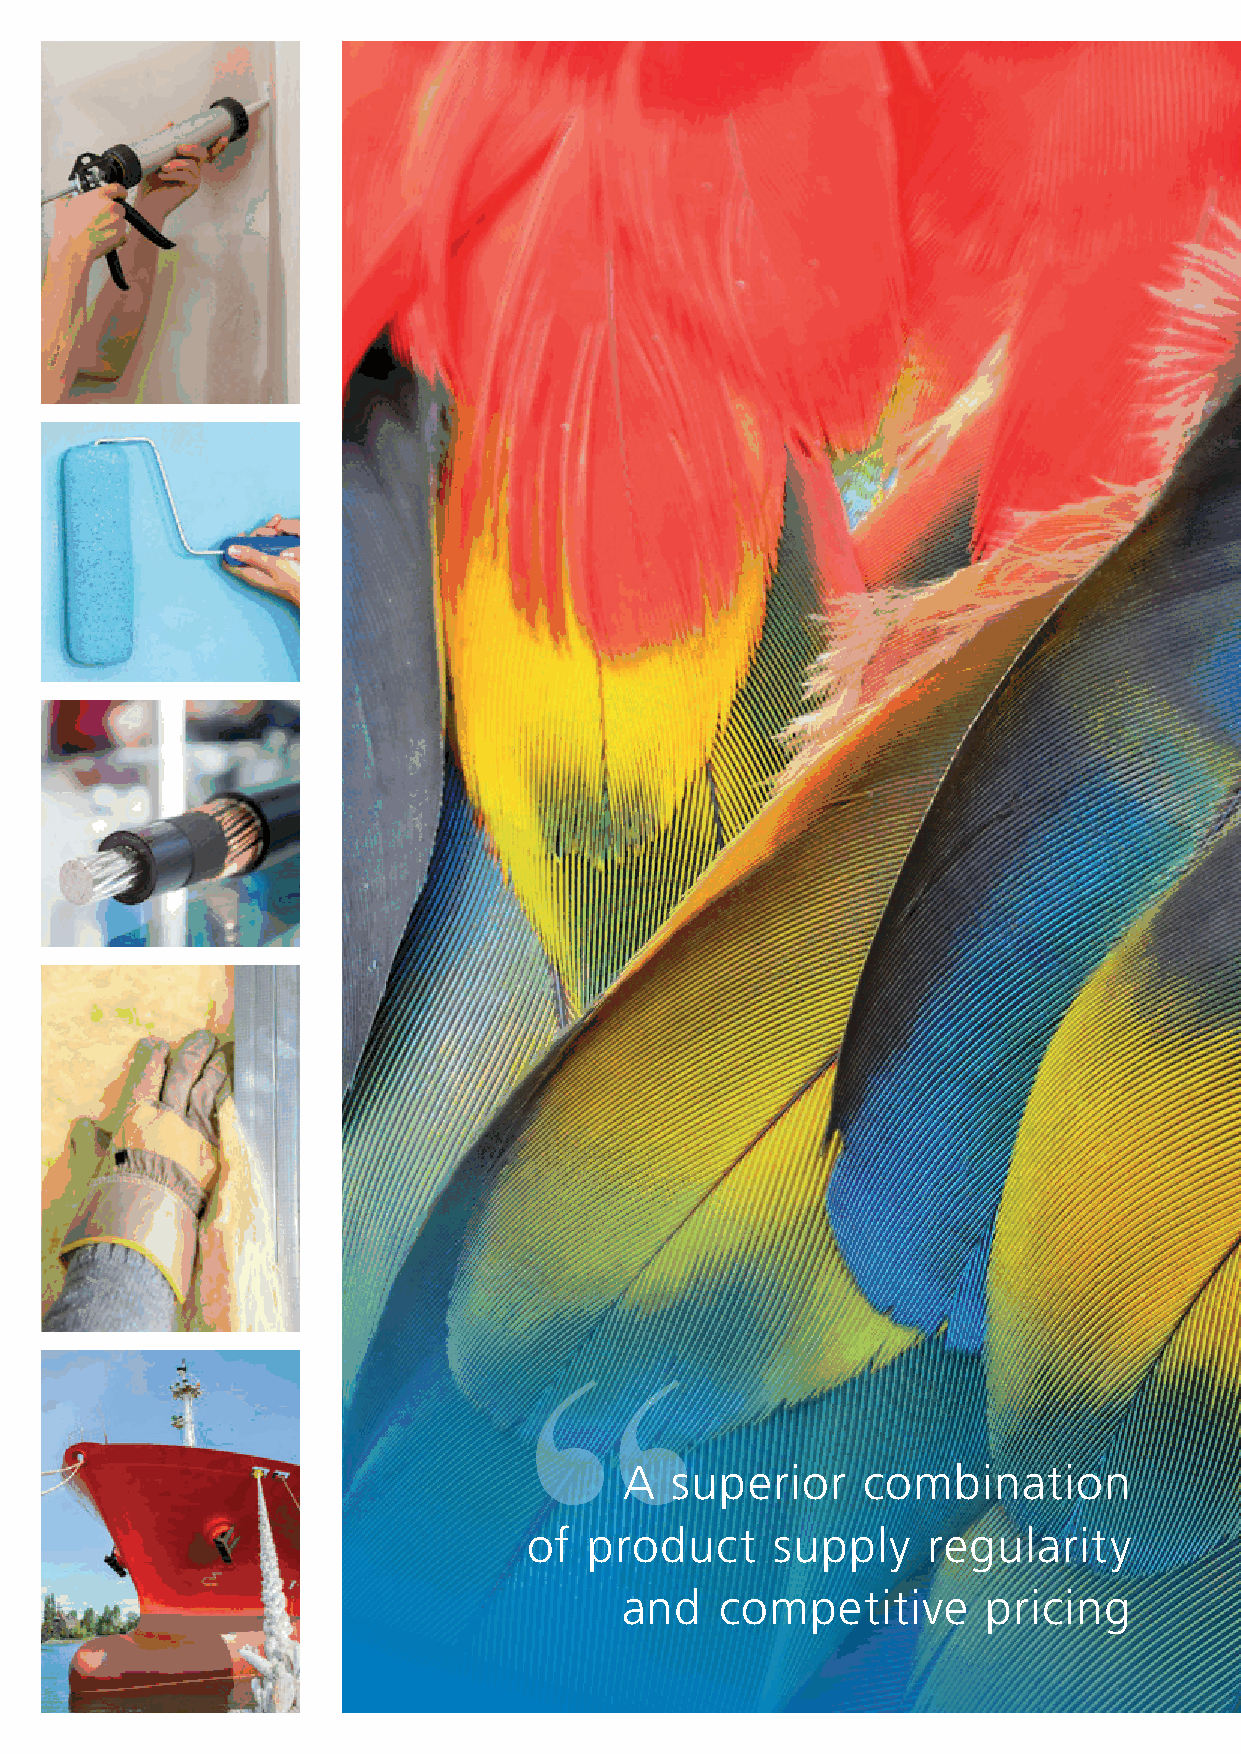
“
 A  superior     combination
 of  product     supply    regularity
 and    competitive      pricing